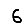
Digit: 6